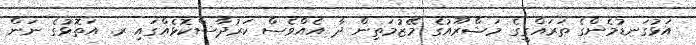
އަޅުގަނޑުމެންގެ ތަރައްގީގެ މަޝްރޫއުގެ މޭޒުމަތިން ދާ އެއްވެސް ކަރުދާސްކޮޅެއްގައި ރ. އަތޮޅުގެ ނަން